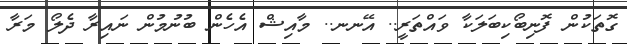
ގޮތަކުން ފޮނިބޯކިބަލަކާ ވައްތަރީ.. އޭނނ.. މާއިޝް އެހެން ބުނުމުން ނައިރާ ދެލޯ މަރާ